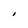
Character: I